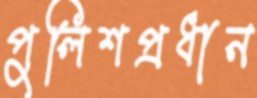
পুলিশপ্রধান